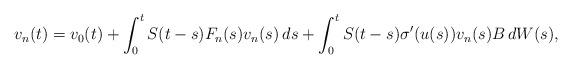
LaTeX: \begin{align*} v_n(t) = v_0(t) + \int_0^t S(t-s) F_n(s) v_n(s)\,ds + \int_0^t S(t-s) \sigma'(u(s)) v_n(s) B\,dW(s),\end{align*}